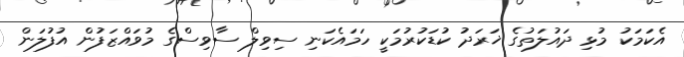
އެކަމަކު މުޅި ދައުލަތުގެ ޚަރަދު ކުޑަކުރުމަކީ ހަމައެކަނި ސިވިލް ސާވިސްގެ މުވައްޒަފުން އުފުލަން